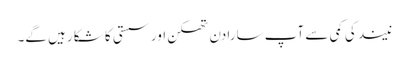
نیند کی کمی سے آپ سارا دن تھکن اور سستی کا شکا رہیں گے۔